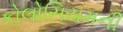
કોલોસિયમની